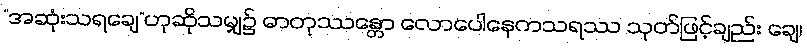
“အဆုံးသရချေ”ဟုဆိုသမျှ၌ ဓာတုဿန္တော လောပေါနေကသရဿ သုတ်ဖြင့်ချည်း ချေ၊